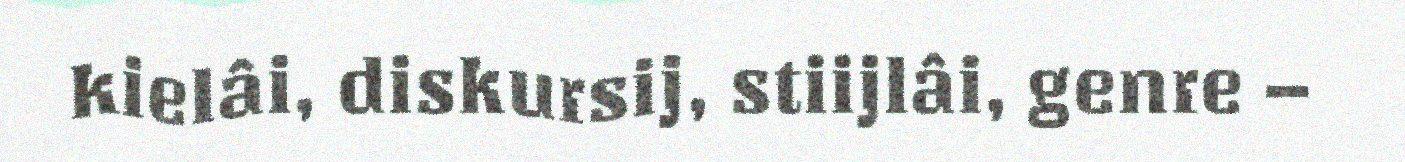
kielâi, diskursij, stiijlâi, genre –